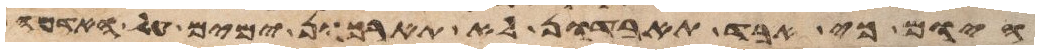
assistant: היום כי אבד תאבדון לא תאריכון ימים על האדמה